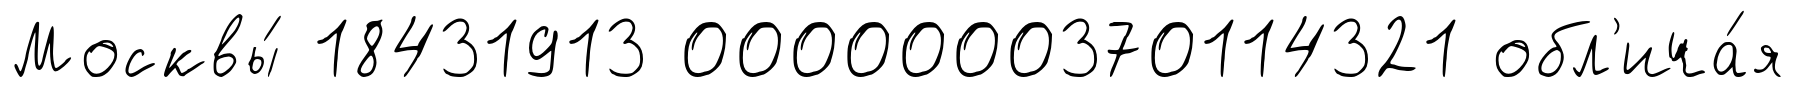
Москвы́ 18431913 0000000370114321 обл'ича́я